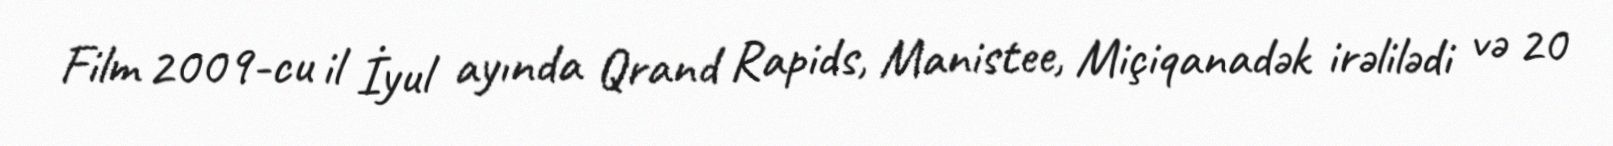
Film 2009-cu il İyul ayında Qrand Rapids, Manistee, Miçiqanadək irəlilədi və 20